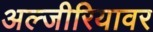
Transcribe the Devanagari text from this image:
अल्जीरियावर